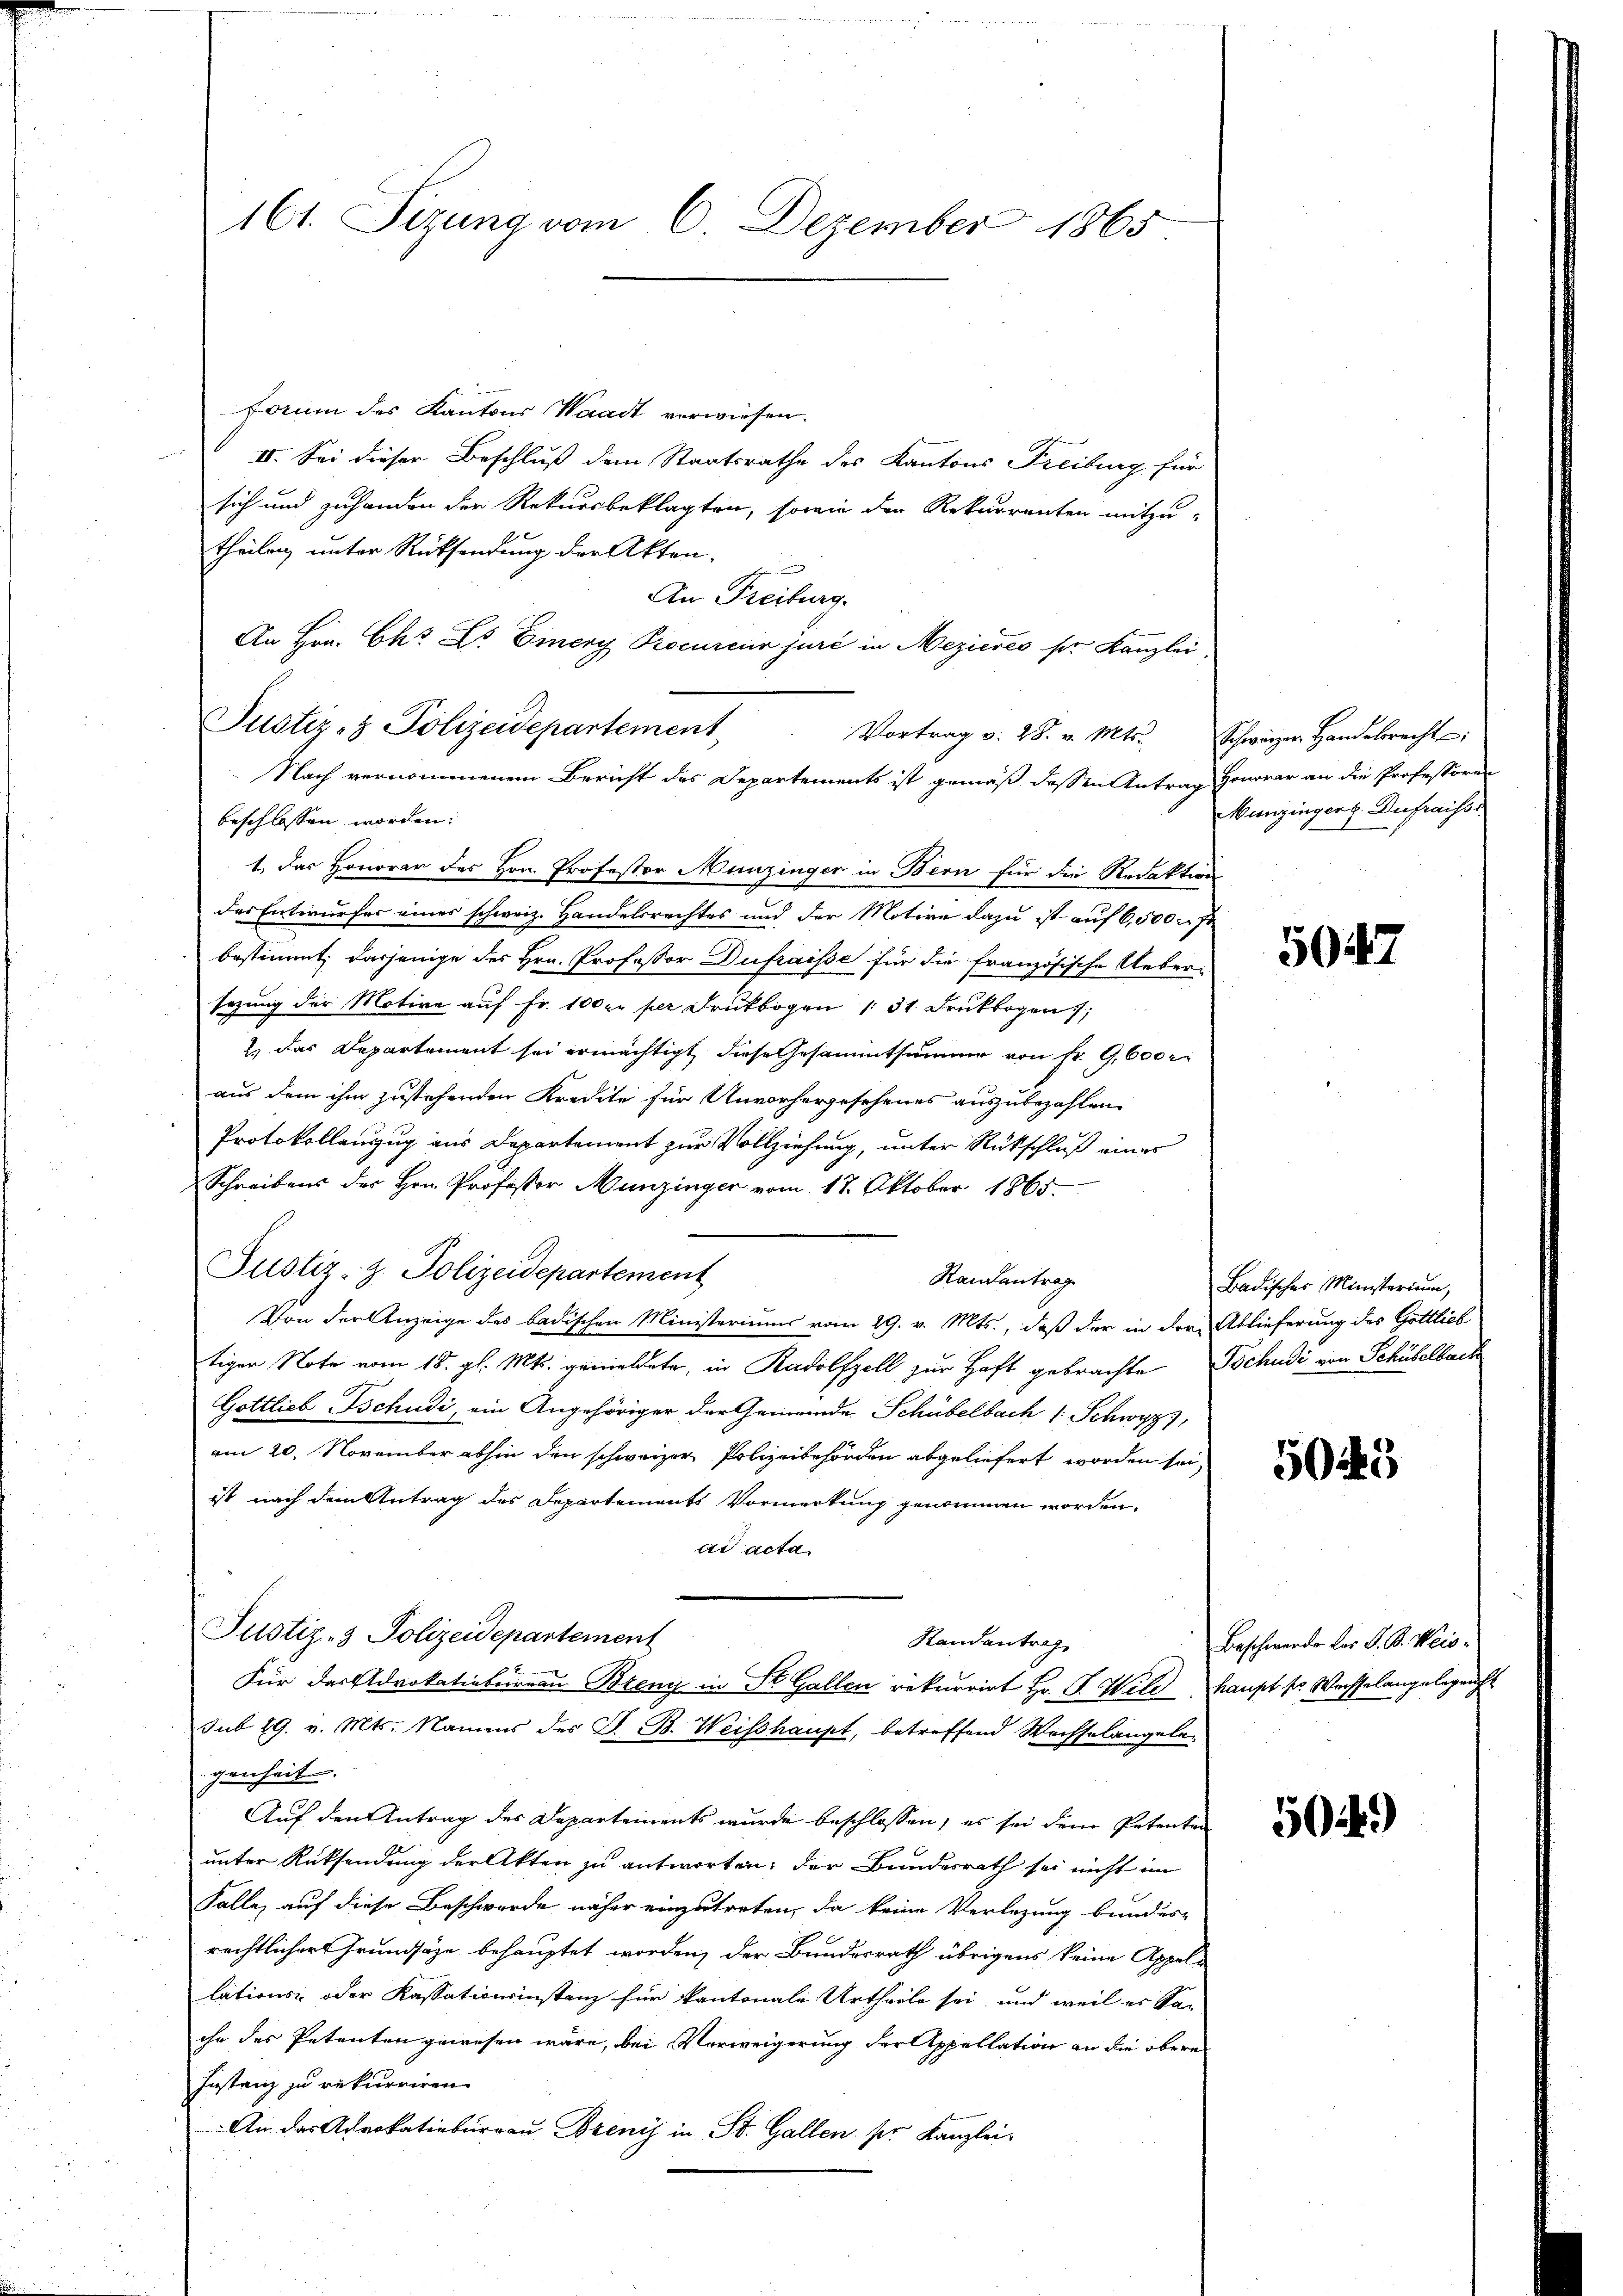
Forium des Kantons Waadt verwiesen.
II. Sei dieser Beschluß dem Staatsrathe des Kantons Freiburg für
sich und zuhanden der Rekursbeklagten, sowie den Rekurrenten mitzu-
theilung unter Rücksendung der Akten,
An Freiburg.
An Hrn. Chr. Dr. Einer Procureur juri in Meziérés ser Kanzlei,
Vortrag v. 28. v. Mts.
Nach vernommenem Bericht des Departements ist gemäß dessen Antrag
beschlossen worden:
1.) Das Honorar des Hrn. Professor Munzinger in Bern für die Redaktion
Das Entwurfes eines schweiz. Handelsrechtes und der Motive dazu ist auf 6,500 c. fr
bestimmt, dasjenige des Hrn. Professor Dufraisse für die französische Ueberisezung der Motive auf Fr. 100 l. per Druckbogen 131. Druckbogen;
2) das Departement sei ermächtigt, diese Gesammtsummer von Fr. 9,600 r
aus dem ihm zustehenden Kredite für Unvorhergesehenes auszubezahlen.
Protokollanzug aus Departement zur Vollziehung, unter Rückschluß eines
Schreibens des Hrn. Professor Munzinger vom 17. Oktober 1865.
Justiz- z. Polizeidepartement
Randantrag
Von der Anzeige des badischen Ministeriums vom 29. v. Mts., daß der in der Ablieferung des Gottlich
tiger Note vom 18. gl. Mts. gemeldete, in Radolfzell zur Haft gebrachte Tochudi von Schübelback
Gottlieb Bschudi, ein Angehöriger der Gemeinde Schübelbach 1 Schwyz,
am 20. November abhin den schweizer Polizeibehörden abgeliefert worden sei,
ist nach dem Antrag des Departements Vormerkung genommen worden.
ad acta
Justiz- & Polizeidepartement
Randantrag
Für das Advokatiobureau Breny in St. Gallen rekurrirt Hr. G. Wild haupt sr Wechselangelegrecht
sub. 19. v. Mts. Namens des S. B. Weisshaupt, betreffend Wechselangelagenheit. |
Auf den Antrag des Departements wurde beschlossen, es sei dem Petenten
unter Rücksendung der Akten zu antworten, der Bundesrath sei nicht im
Falle, auf diese Beschwerde näher einzutreten, da keine Verlegung bundes-
rechtlicher Grundsätze behauptet worden, der Bundesrath übrigens keine Appellations- oder Kassationsinstanz für kantonale Urtheile sei, und weil es Sa-
ihr des Petenten gewesen wäre, bei Verweigerung der Appellation an die obere
Instanz zu rekurriren.
An das Advokatioburrau Brenis in St. Gallen per Kanzlei-

161. Sizung vom 6. Dezember 1865

Justiz- & Polizeidepartement

Schwärzer Handelsrecht:
Honorar an die Professoren
Munzinger. Du fraissi

5047

Badisches Ministerium,

5045

Beschwerde der V. B. Weis

5049